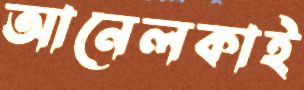
আনেলকাই